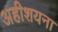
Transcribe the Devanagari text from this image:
अहीशयना